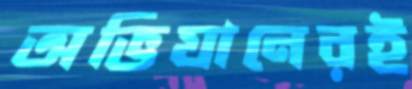
অভিযানেরই